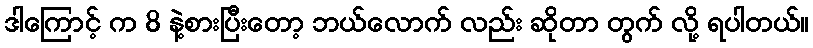
ဒါကြောင့် က 8 နဲ့စားပြီးတော့ ဘယ်လောက် လည်း ဆိုတာ တွက် လို့ ရပါတယ်။